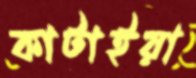
কাটাইয়া